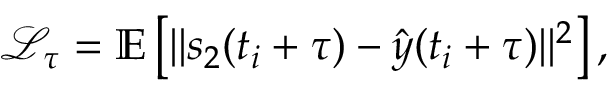
\mathcal { L } _ { \tau } = \mathbb { E } \left[ | | s _ { 2 } ( t _ { i } + \tau ) - \hat { y } ( t _ { i } + \tau ) | | ^ { 2 } \right] ,